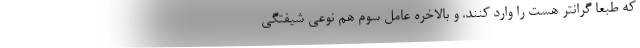
که طبعا گرانتر هست را وارد کنند. و بالاخره عامل سوم هم نوعی شیفتگی